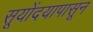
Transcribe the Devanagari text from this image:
सूयोंदयापासून